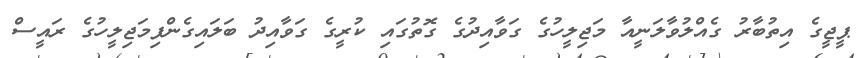
ޕީޖީގެ އިތުބާރު ގެއްލުވާލަނީއާ މަޖިލީހުގެ ގަވާއިދުގެ ގޮތުގައި ކުރީގެ ގަވާއިދު ބަލައިގެންފިމަޖިލީހުގެ ރައީސް